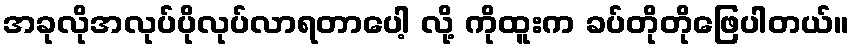
အခုလိုအလုပ်ပိုလုပ်လာရတာပေါ့ လို့ ကိုထူးက ခပ်တိုတိုဖြေပါတယ်။